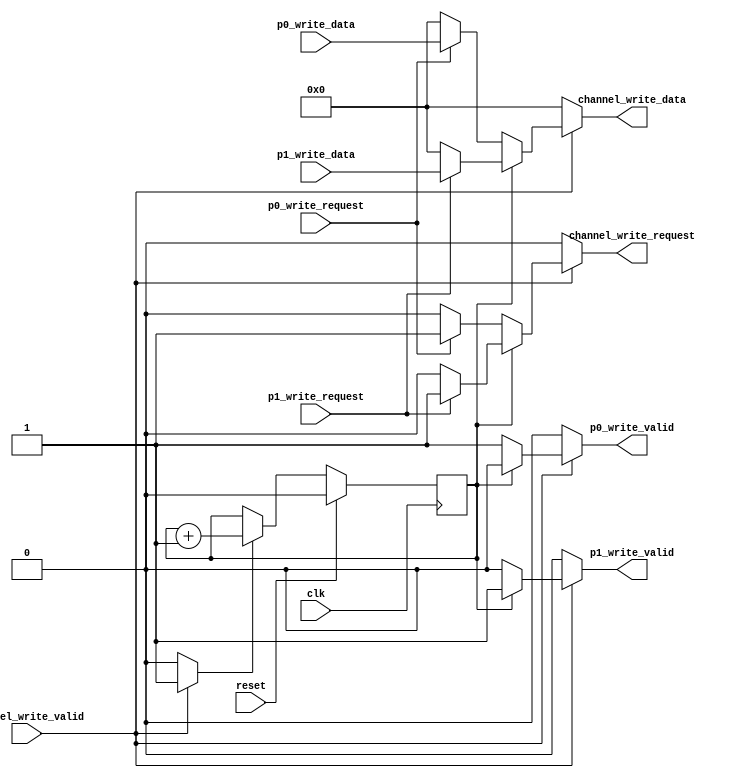
// A simple 2-to-1 arbiter
// TODO: Generalize/parameterize this!
// TODO: Possibly buffering input to improve performance

module Join (
  input clk,
  input reset,

  input [31:0] p0_write_data,
  input p0_write_request,
  output reg p0_write_valid,

  input [31:0] p1_write_data,
  input p1_write_request,
  output reg p1_write_valid,

  output reg [31:0] channel_write_data,
  output reg channel_write_request,
  input channel_write_valid
);

  reg update_rr;
  reg [0:0] round_robin_counter;
  always @(posedge clk) begin
    if (reset)
      round_robin_counter <= 0;
    else begin
      if (update_rr)
        round_robin_counter <= round_robin_counter + 1;
    end
  end

  always @(*) begin
    channel_write_data = 0;
    channel_write_request = 1'b0;
    p0_write_valid = 1'b0;
    p1_write_valid = 1'b0;
    update_rr = 1'b0;
    if (channel_write_valid) begin
      if (round_robin_counter == 0) begin
        p0_write_valid = 1'b1;
	if (p0_write_request) begin
	  channel_write_data = p0_write_data;
	  channel_write_request = 1'b1;
	end
      end
      else if (round_robin_counter == 1) begin
        p1_write_valid = 1'b1;
	if (p1_write_request) begin
	  channel_write_data = p1_write_data;
	  channel_write_request = 1'b1;
	end
      end
      update_rr = 1'b1;
    end
  end

endmodule